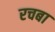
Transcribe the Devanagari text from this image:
रचबा